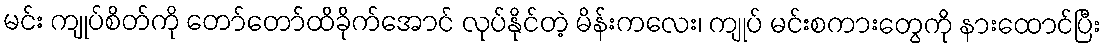
မင်း ကျုပ်စိတ်ကို တော်တော်ထိခိုက်အောင် လုပ်နိုင်တဲ့ မိန်းကလေး၊ ကျုပ် မင်းစကားတွေကို နားထောင်ပြီး